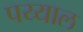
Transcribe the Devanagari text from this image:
पय्याल